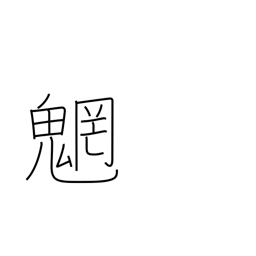
Meaning: spirits of mountains and streams